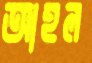
আহল